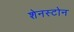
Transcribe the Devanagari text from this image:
शेनस्टोन